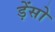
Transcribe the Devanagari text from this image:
ड़ेंसो